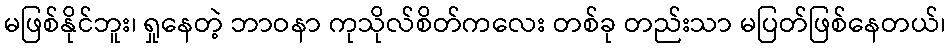
မဖြစ်နိုင်ဘူး၊ ရှုနေတဲ့ ဘာဝနာ ကုသိုလ်စိတ်ကလေး တစ်ခု တည်းသာ မပြတ်ဖြစ်နေတယ်၊